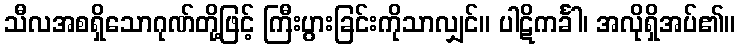
သီလအစရှိသောဂုဏ်တို့ဖြင့် ကြီးပွားခြင်းကိုသာလျှင်။ ပါဋိကင်္ခါ၊ အလိုရှိအပ်၏။